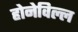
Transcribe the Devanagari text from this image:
होनेविल्ल